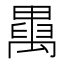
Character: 𥝆